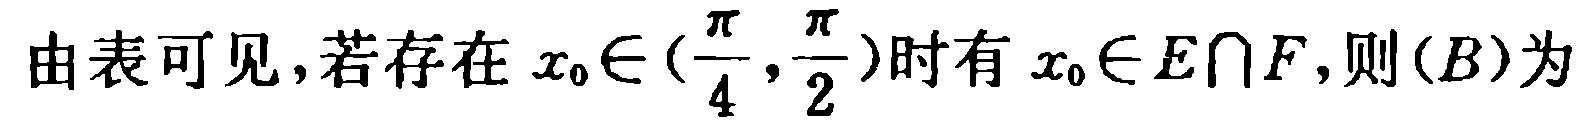
由表可见，若存在 \(x_{0}\in(\frac{\pi}{4},\frac{\pi}{2})\)时有 \(x_{0}\in E\cap F\)，则\((B)\)为